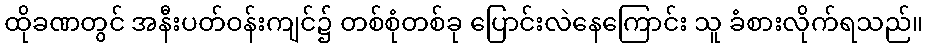
ထိုခဏတွင် အနီးပတ်ဝန်းကျင်၌ တစ်စုံတစ်ခု ပြောင်းလဲနေကြောင်း သူ ခံစားလိုက်ရသည်။